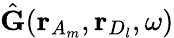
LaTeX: \hat{\mathbf{G}}(\mathbf{r}_{A_{m}},\mathbf{r}_{D_{l}},\omega)